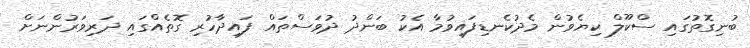
ބުނިގޮތުގައި ސްކޫލް ކިޔެވުން މެދުކެނޑިފައިވުމާ އެކު ބަންދު ދުވަސްތައް ފައިދާހުރި ގޮތެއްގައި ދަރިވަރުންނަށް